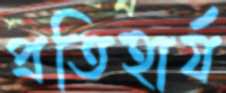
প্রতিহার্য